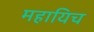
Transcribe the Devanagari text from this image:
महायिच